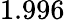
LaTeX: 1.996